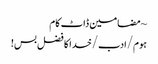
~ مضامین ڈاٹ کام
ہوم/ادب/خدا کا فضل بس!